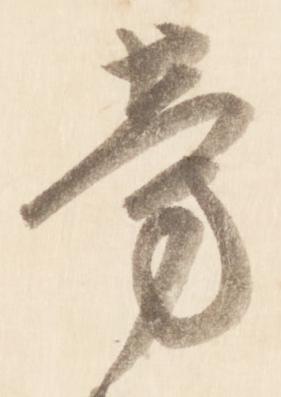
旁